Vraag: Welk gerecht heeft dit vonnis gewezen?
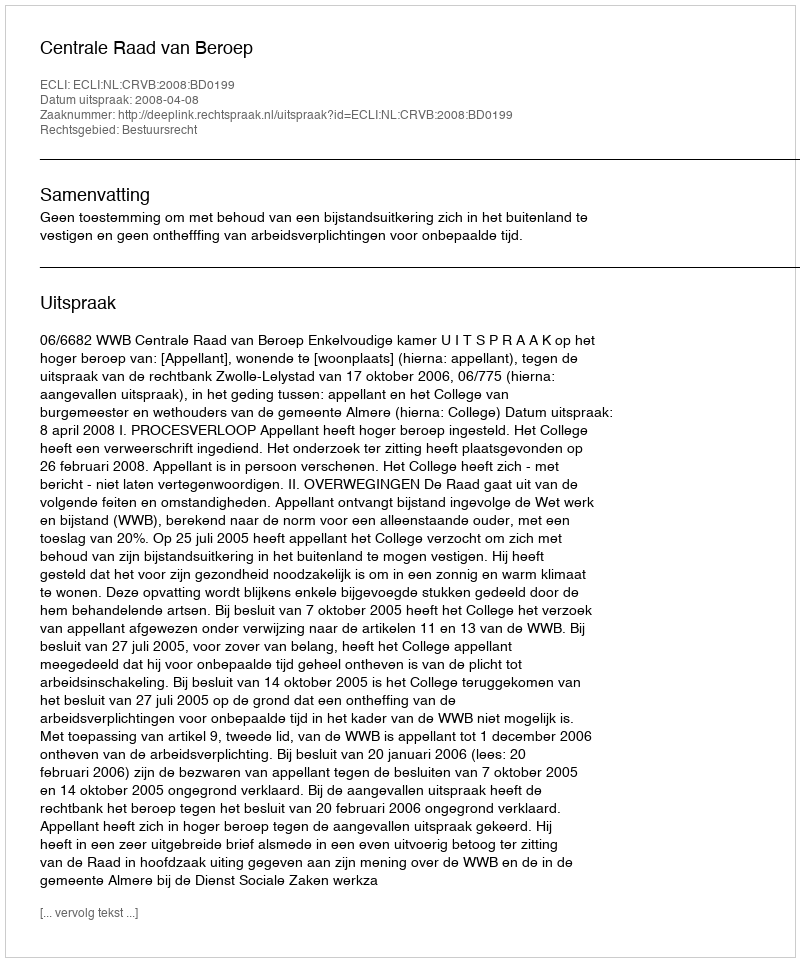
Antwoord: Centrale Raad van Beroep